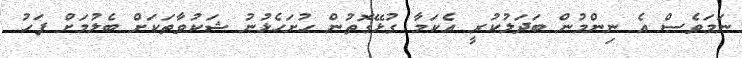
ނަމަވެސް އެ ނިންމުން ބަދަލުކުރީ އެކަމާ ގުޅޭގޮތުން ހުށަހެޅުނު ޝަކުވާތަކަށް ބެލުމަށް ފަހު